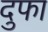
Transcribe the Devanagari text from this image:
दुफा